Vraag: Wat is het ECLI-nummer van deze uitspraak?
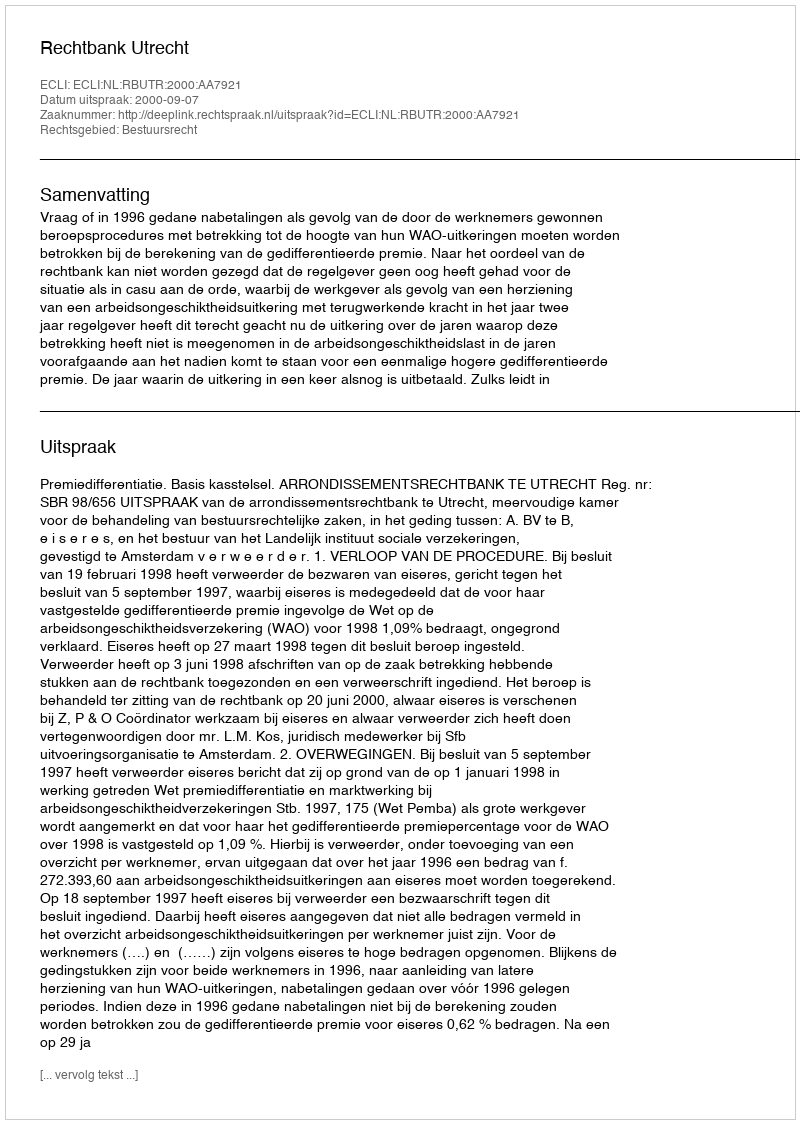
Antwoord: ECLI:NL:RBUTR:2000:AA7921